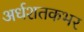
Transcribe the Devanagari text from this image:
अर्धशतकभर